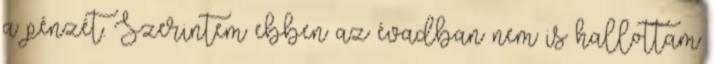
a pénzét. Szerintem ebben az évadban nem is hallottam